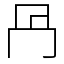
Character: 冎